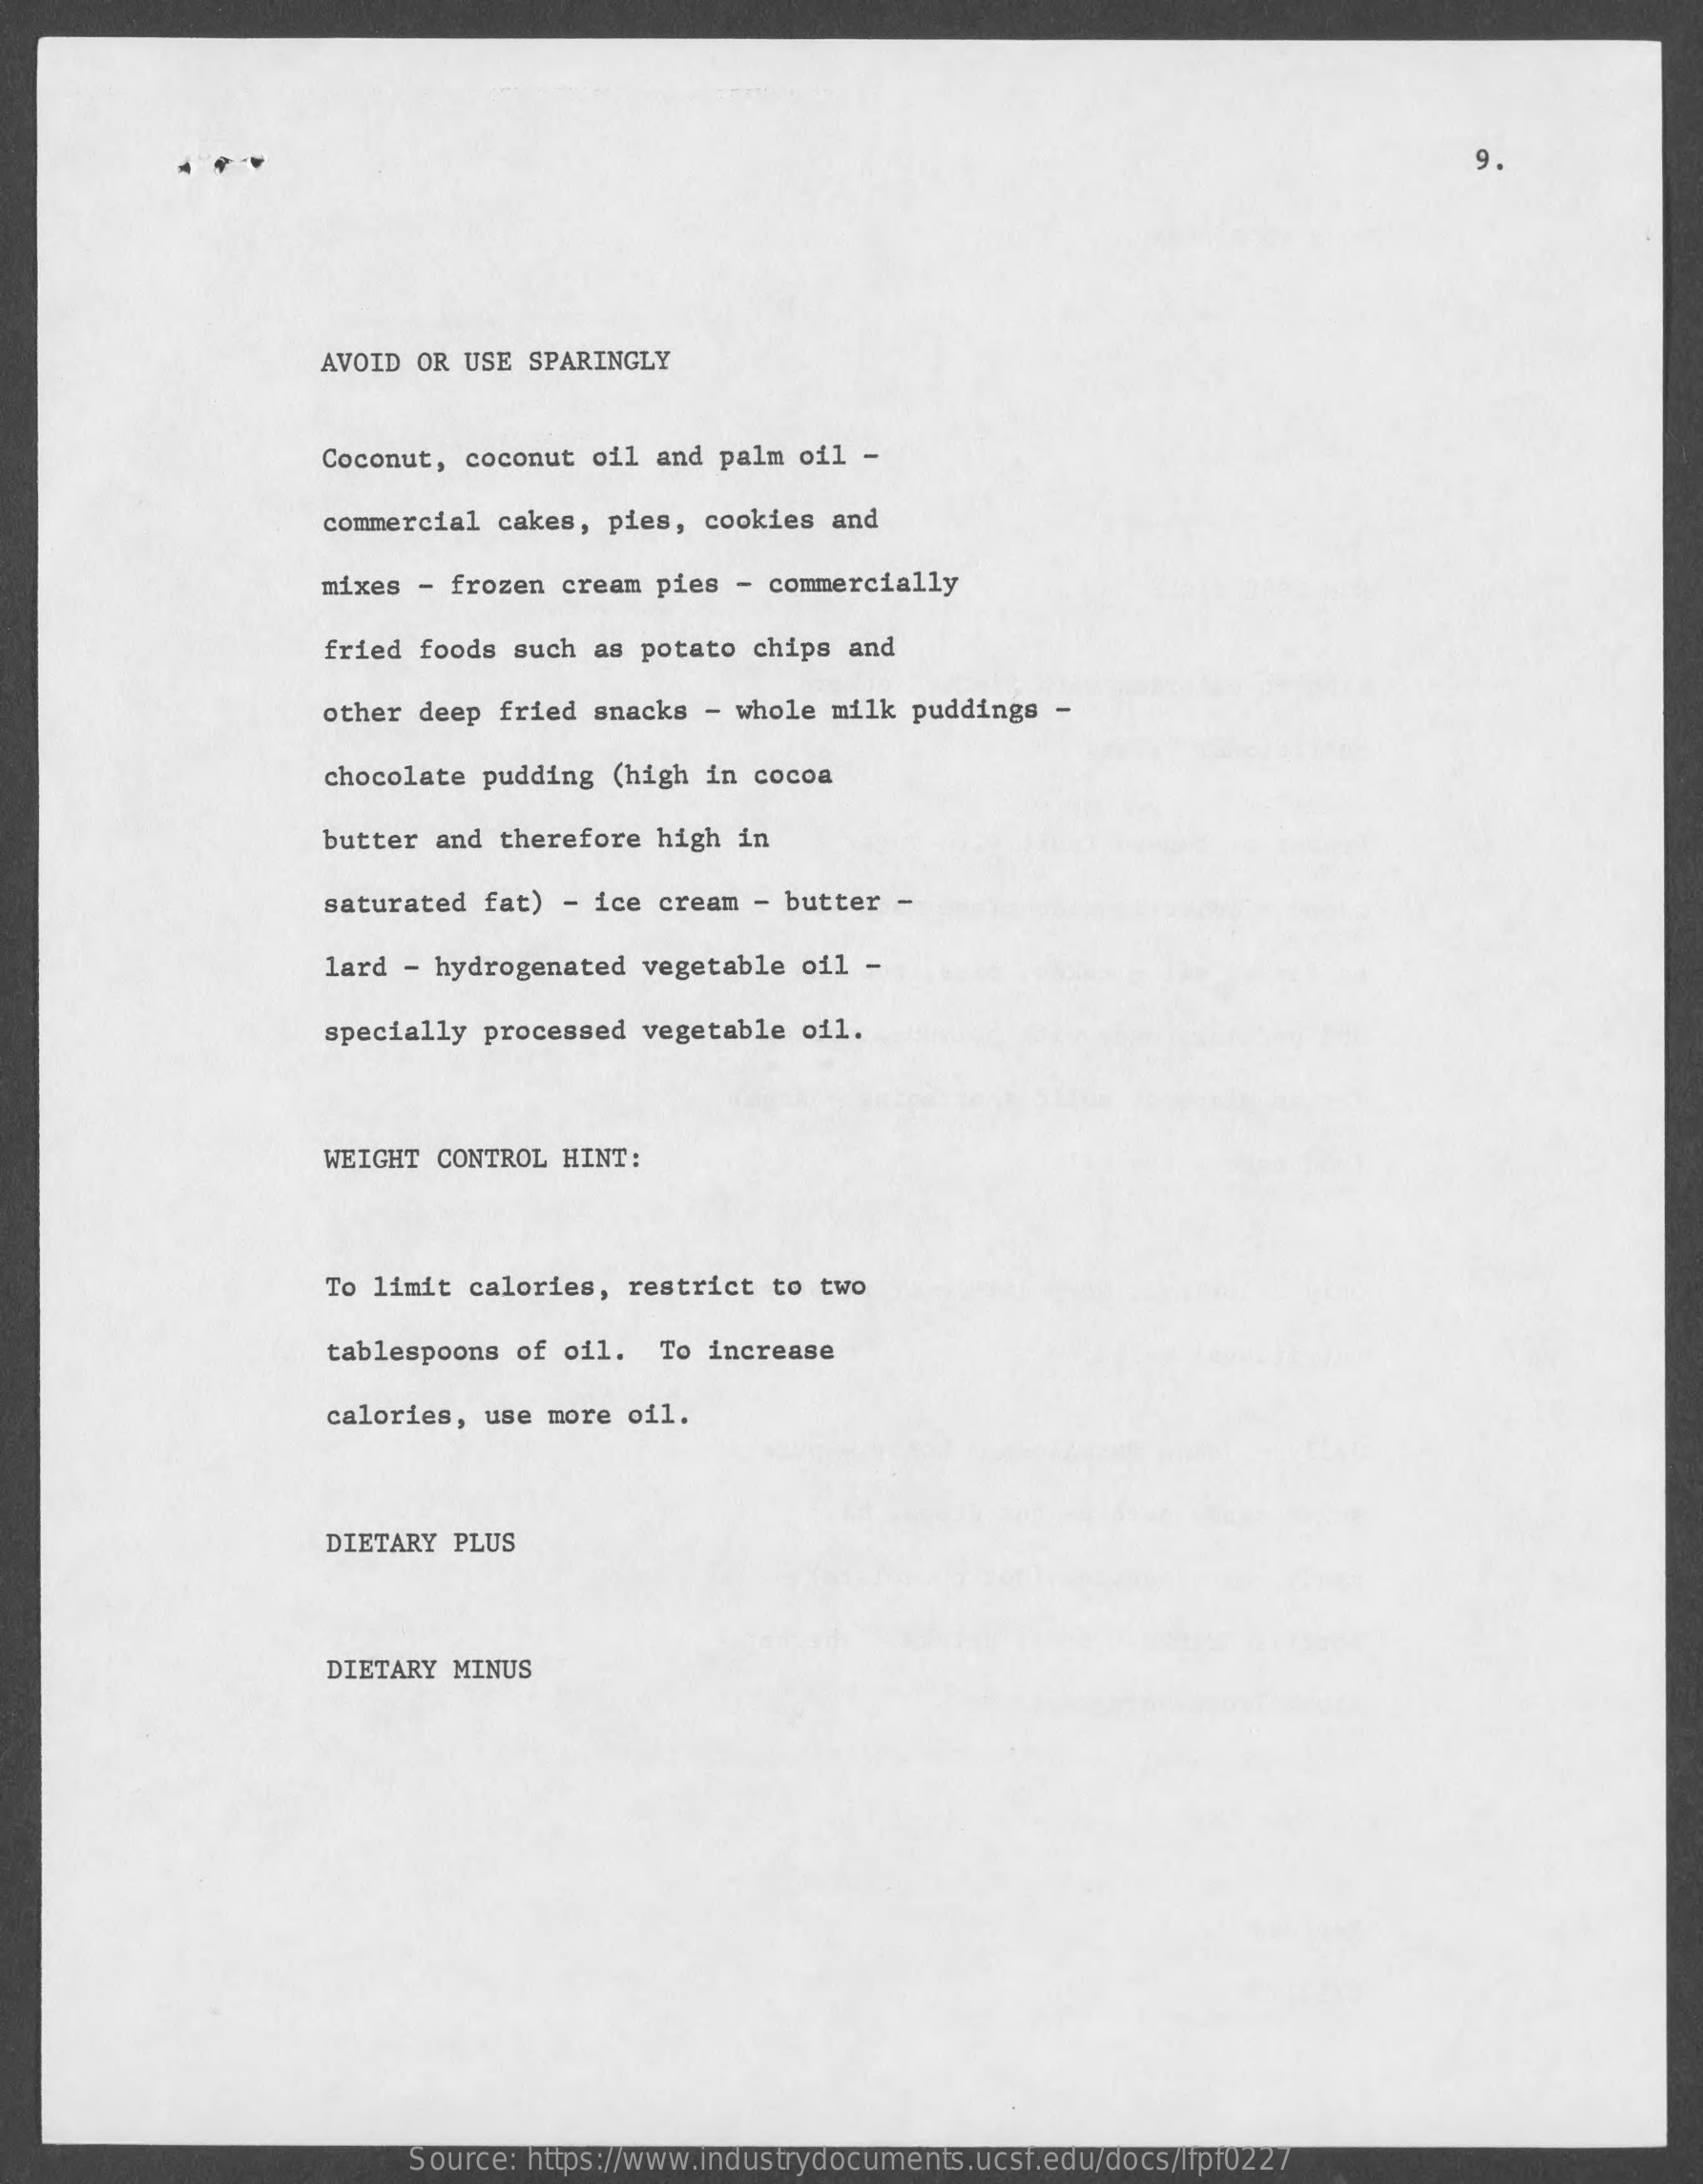
9.
     AVOID OR USE SPARINGLY
     Coconut, coconut oil  and palm oil  -
     commercial cakes,  pies, cookies  and
     mixes - frozen  cream pies - commercially
     fried foods such  as potato chips  and
     other deep fried  snacks - whole  milk puddings  -
     chocolate pudding  (high in cocoa
     butter and therefore  high in
     saturated fat)  - ice cream  - butter -
     lard - hydrogenated  vegetable  oil -
     specially processed  vegetable  oil.
     WEIGHT CONTROL  HINT:
     To limit calories,  restrict  to two
     tablespoons of  oil.  To increase
     calories, use  more oil.
     DIETARY PLUS
     DIETARY MINUS
     Source: https://www.industrydocuments.ucsf.edu/docs/lfpf0227